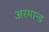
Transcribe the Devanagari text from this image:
अरमान्ड